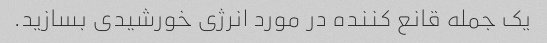
یک جمله قانع کننده در مورد انرژی خورشیدی بسازید.